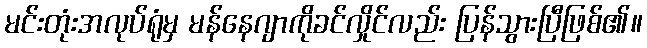
မင်းတုံးအလုပ်ရုံမှ မန်နေဂျာကိုခင်လှိုင်လည်း ပြန်သွားပြီဖြစ်၏။